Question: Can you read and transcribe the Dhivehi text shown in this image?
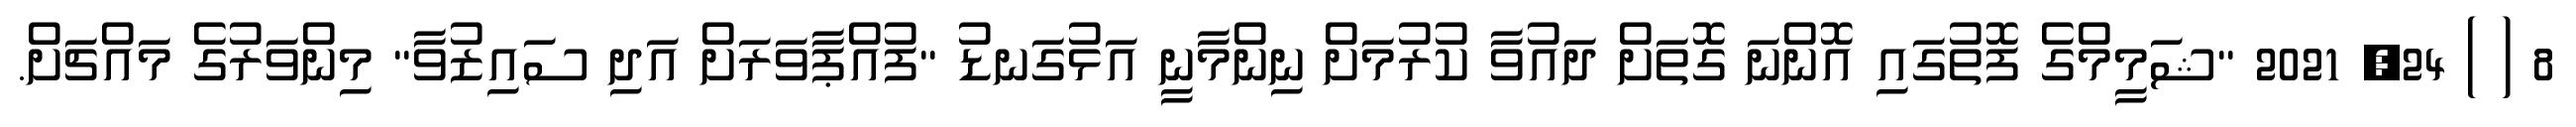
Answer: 8 ( ) 24, 2021 "ޝަމީމްގެ ފޮތުގައި އޮންނަ ގޮތަށް ދައުވާ ކުރުމަށް ނިންމާނީ އަޅުގަނޑު "ފުއްޕާވަރަށް އަދި ސައިޒުވާ" މިންވަރުގެ މައްޗަށް.